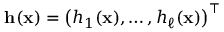
\mathbf { h } ( \mathbf { x } ) = \left( h _ { 1 } ( \mathbf { x } ) , \ldots , h _ { \ell } ( \mathbf { x } ) \right) ^ { \top }